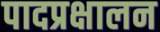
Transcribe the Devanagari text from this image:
पादप्रक्षालन